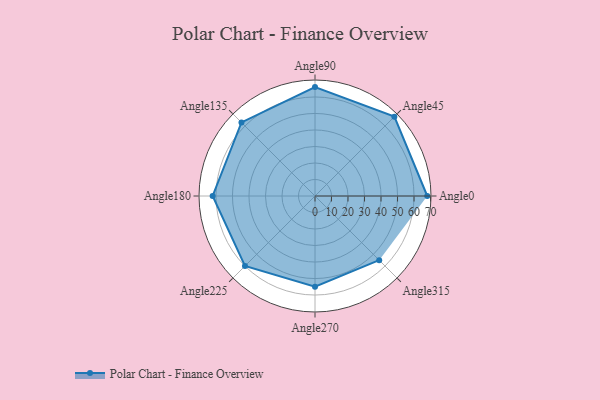
{"axis": {"x": "Angle", "y": "Radius"}, "legend": [""], "data": [{"x": "Angle0", "y": 68.0, "type": ""}, {"x": "Angle45", "y": 68.0, "type": ""}, {"x": "Angle90", "y": 66.0, "type": ""}, {"x": "Angle135", "y": 63.0, "type": ""}, {"x": "Angle180", "y": 62.0, "type": ""}, {"x": "Angle225", "y": 60.0, "type": ""}, {"x": "Angle270", "y": 55.0, "type": ""}, {"x": "Angle315", "y": 55.0, "type": ""}]}